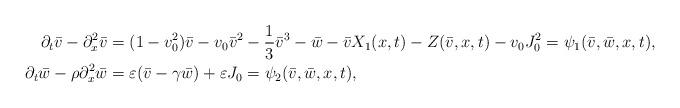
LaTeX: \begin{align*} \partial_t \bar{v}-\partial_{x}^2 \bar{v}&=(1-v_0^2)\bar{v} - v_0 \bar{v}^2-\frac{1}{3}\bar{v}^3-\bar{w} -\bar{v}X_1(x,t) -Z(\bar{v},x,t)-v_0 J_0^2=\psi_1(\bar{v},\bar{w},x,t),\\ \partial_t\bar{w}-\rho\partial_{x}^{2}\bar{w} &=\varepsilon(\bar{v}-\gamma \bar{w}) +\varepsilon J_0= \psi_2(\bar{v},\bar{w},x,t), \end{align*}